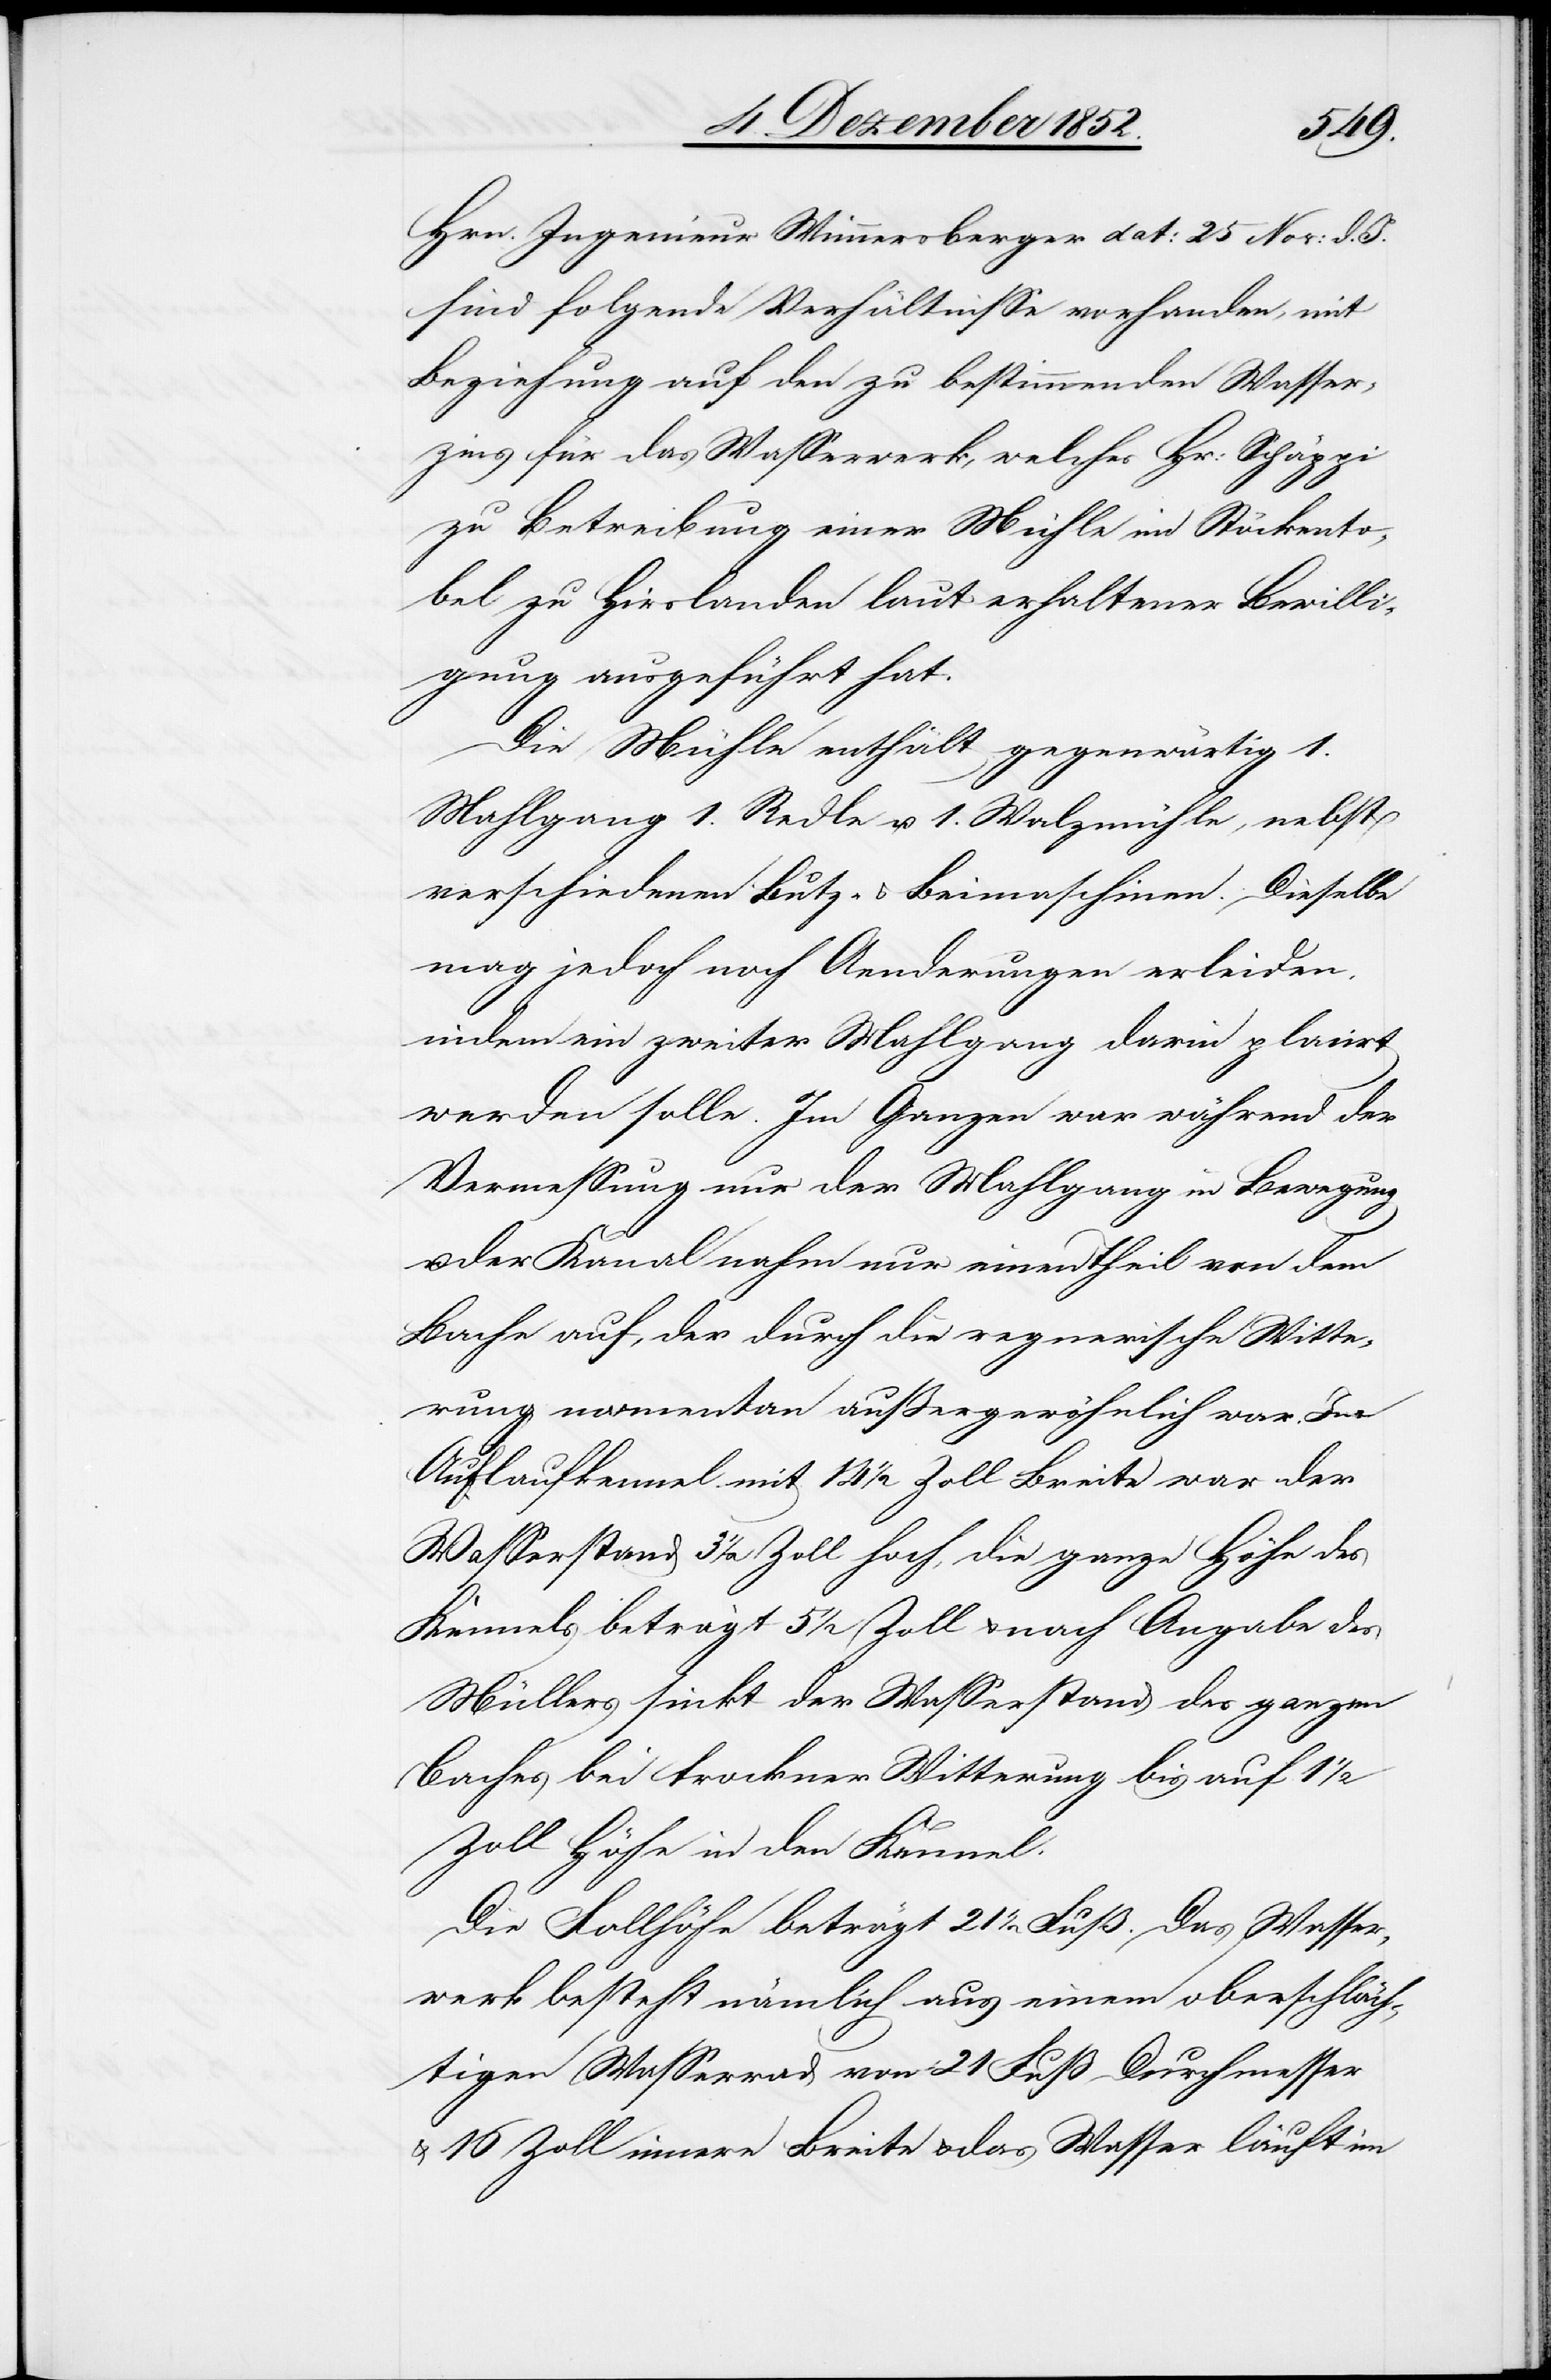
Hrn. Ingenieur Wimmersberger dat: 25 Nov: d.
sind folgende Verhältnisse vorhanden, mit
Beziehung auf den zu bestimmenden Wasser¬
zins für das Wasserwerk, welches Hr: Schäppi
zu Betreibung einer Mühle im Stöckento¬
bel zu Hirslanden laut erhaltener Bewilli¬
gung ausgeführt hat.
Die Mühle enthält gegenwärtig 1.
Mahlgang[,] 1. Redle u. 1. Walzmühle, nebst
verschiedenen Butz- & Beimaschinen. Dieselbe
mag jedoch noch Aenderungen erleiden,
indem ein zweiter Mahlgang darin placirt
werden solle. Im Ganzen war während der
Vermessung nur der Mahlgang in Bewegung
der Kanal nahm nur einen Theil von dem
Bache auf, der durch die regnerische Witte¬
rung momentan außergewöhnlich war. Im
Auflaufkennel mit 14 1/2 Zoll Breite war der
Wasserstand 3 1/2 Zoll hoch, die ganze Höhe des
Kennels beträgt 5 1/2 Zoll & nach Angabe des
Müllers sinkt der Wasserstand des ganzen
Baches bei trockner Witterung bis auf 1
Zoll Höhe in den Kennel.
Die Fallhöhe beträgt 21 1/2 Fuß. Das Wasser¬
werk besteht nämlich aus einem oberschläch¬
tigen Wasserrad von 21 Fuß Durchmesser
& 16 Zoll innere Breite & das Wasser läuft im